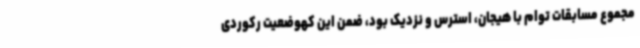
مجموع مسابقات توام با هیجان، استرس و نزدیک بود، ضمن این کهوضعیت رکوردی